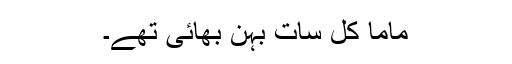
ماما کل سات بہن بھائی تھے۔